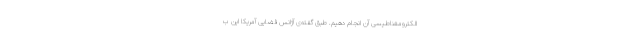
الکترومغناطیسی آن انجام دهیم. طبق گفته‌ی آژانس فضایی آمریکا این ب